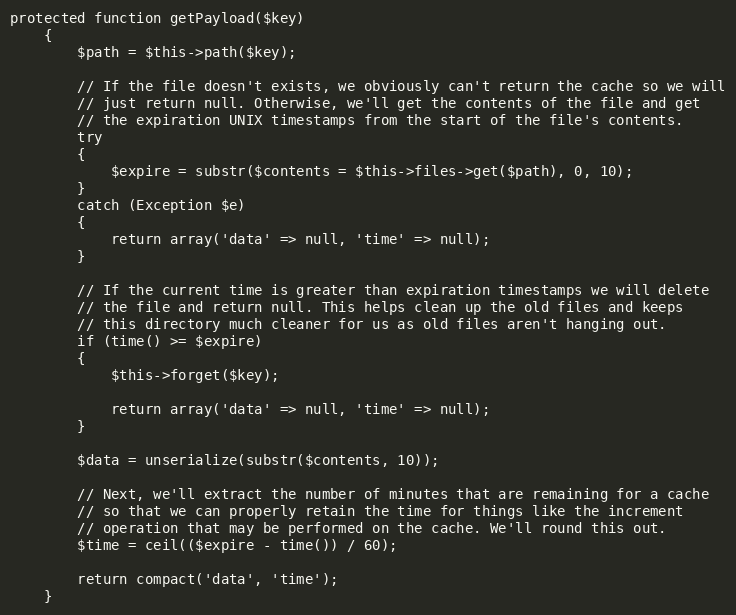
Language: PHP
protected function getPayload($key)
	{
		$path = $this->path($key);

		// If the file doesn't exists, we obviously can't return the cache so we will
		// just return null. Otherwise, we'll get the contents of the file and get
		// the expiration UNIX timestamps from the start of the file's contents.
		try
		{
			$expire = substr($contents = $this->files->get($path), 0, 10);
		}
		catch (Exception $e)
		{
			return array('data' => null, 'time' => null);
		}

		// If the current time is greater than expiration timestamps we will delete
		// the file and return null. This helps clean up the old files and keeps
		// this directory much cleaner for us as old files aren't hanging out.
		if (time() >= $expire)
		{
			$this->forget($key);

			return array('data' => null, 'time' => null);
		}

		$data = unserialize(substr($contents, 10));

		// Next, we'll extract the number of minutes that are remaining for a cache
		// so that we can properly retain the time for things like the increment
		// operation that may be performed on the cache. We'll round this out.
		$time = ceil(($expire - time()) / 60);

		return compact('data', 'time');
	}